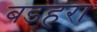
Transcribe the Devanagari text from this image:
बडहरा